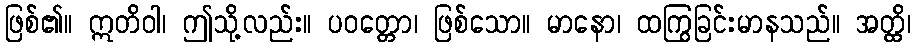
ဖြစ်၏။ ဣတိဝါ၊ ဤသို့လည်း။ ပဝတ္တော၊ ဖြစ်သော။ မာနော၊ ထကြွခြင်းမာနသည်။ အတ္ထိ၊